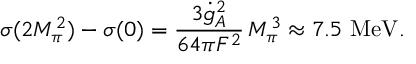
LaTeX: \sigma ( 2 M _ { \pi } ^ { 2 } ) - \sigma ( 0 ) = { \frac { 3 \dot { g } _ { A } ^ { 2 } } { 6 4 \pi F ^ { 2 } } } \, M _ { \pi } ^ { 3 } \approx 7 . 5 \ \mathrm { M e V } .